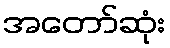
အတော်ဆုံး